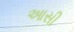
આસી